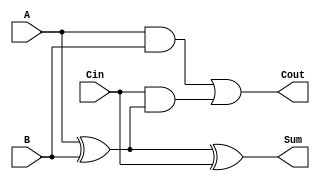
module LowPowerFullAdder (
    input  wire A,      // First input bit
    input  wire B,      // Second input bit
    input  wire Cin,    // Carry-in bit
    output wire Sum,    // Sum output
    output wire Cout    // Carry-out output
);

// Intermediate signals
wire AxorB; // Intermediate XOR result

// Logic Functions
assign AxorB = A ^ B;          // A XOR B
assign Sum = AxorB ^ Cin;      // Sum = A XOR B XOR Cin
assign Cout = (A & B) | (Cin & AxorB); // Carry-out = (A AND B) OR (Cin AND (A XOR B))

endmodule